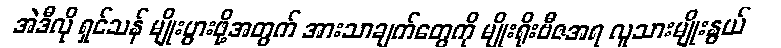
အဲဒီလို ရှင်သန် မျိုးပွားဖို့အတွက် အားသာချက်တွေကို မျိုးရိုးဗီဇအရ လူသားမျိုးနွယ်